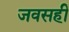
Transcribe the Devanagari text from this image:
जवसही